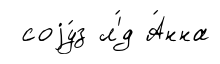
соjу́з л'́д А́нна